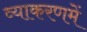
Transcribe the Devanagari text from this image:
व्याकरणमें